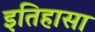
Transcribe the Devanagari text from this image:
इतिहासा